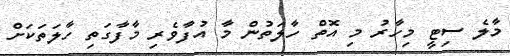
މާލެ ސިޓީ މިހާރު މި އޮތް ހާލަތުން މާ އުފާވެރި މާފާގަތި ހާލަތަކަށް